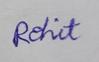
Signature authenticity: genuine